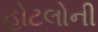
હોટલોની